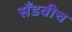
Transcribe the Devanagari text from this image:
सँडवीच